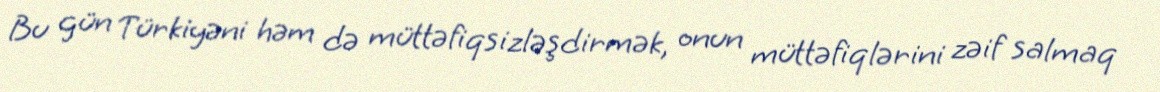
Bu gün Türkiyəni həm də müttəfiqsizləşdirmək, onun müttəfiqlərini zəif salmaq